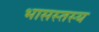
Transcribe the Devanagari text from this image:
भासस्तस्य